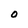
Character: O